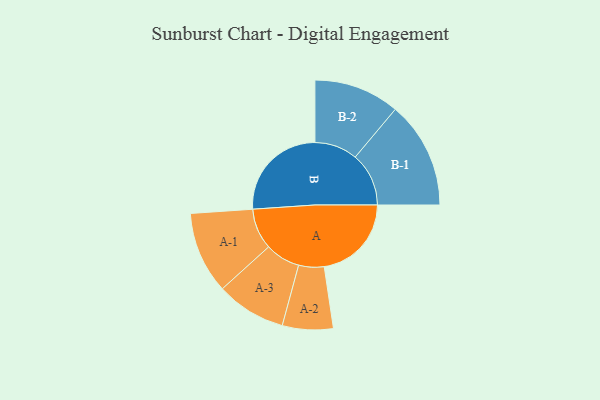
{"axis": {"x": "Segment", "y": "Value"}, "legend": ["", "A", "B"], "data": [{"x": "A", "y": 409, "type": ""}, {"x": "B", "y": 471, "type": ""}, {"x": "A-1", "y": 192, "type": "A"}, {"x": "A-2", "y": 119, "type": "A"}, {"x": "A-3", "y": 164, "type": "A"}, {"x": "B-1", "y": 251, "type": "B"}, {"x": "B-2", "y": 201, "type": "B"}]}